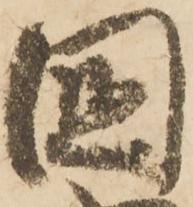
國